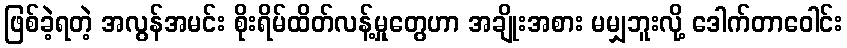
ဖြစ်ခဲ့ရတဲ့ အလွန်အမင်း စိုးရိမ်ထိတ်လန့်မှုတွေဟာ အချိုးအစား မမျှဘူးလို့ ဒေါက်တာဝေါင်း